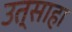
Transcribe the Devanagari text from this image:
उत्साहा